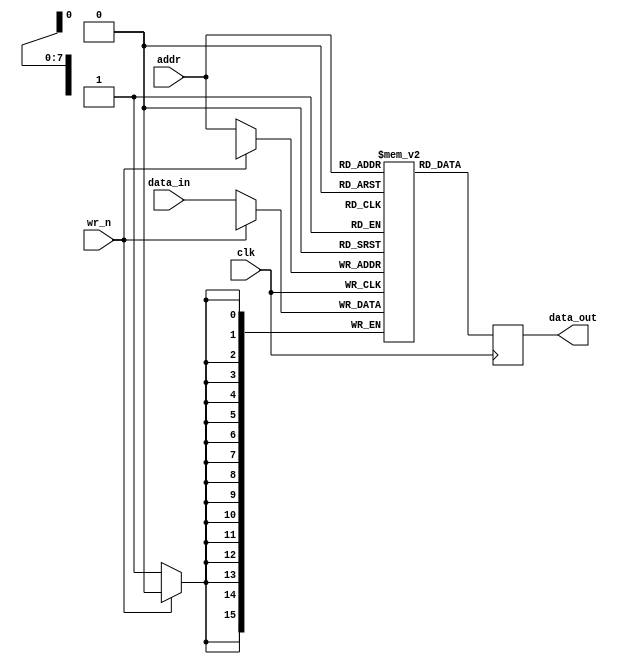
module ram
(
clk,
wr_n, 
addr, 
data_in, 
data_out
);
parameter addr_bits = 8;
parameter data_bits = 16;
input     clk;
input     wr_n;
input     [addr_bits-1:0]  addr;
input     [data_bits-1:0]  data_in;
output    [data_bits-1:0]  data_out;

reg       [data_bits-1:0]  ram[0:(1 << addr_bits) -1];//表示 2 的 addr_bits 次方
reg       [data_bits-1:0]  data_out;

//read
always @ ( posedge clk )
begin
    data_out <= ram[addr];
end 

//write
always @ (posedge clk)
begin
    if (!wr_n)
        ram[addr] <= data_in;
end

endmodule